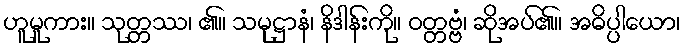
ဟူမူကား။ သုတ္တဿ၊ ၏။ သမုဋ္ဌာနံ၊ နိဒါန်းကို။ ဝတ္တဗ္ဗံ၊ ဆိုအပ်၏။ အဓိပ္ပါယော၊